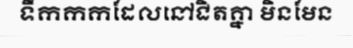
ទឹកកកដែលនៅជិតគ្នា មិនមែន